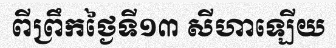
ពីព្រឹកថ្ងៃទី១៣ សីហាឡើយ